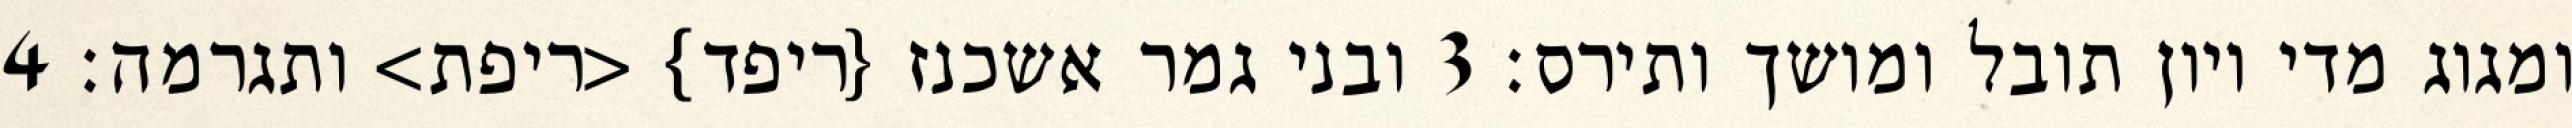
ומגוג מדי ויון תובל ומושך ותירס׃ ‎3‏ ובני גמר אשכנז {ריפד} <ריפת> ותגרמה׃ ‎4‏